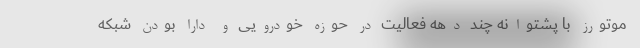
موتورز با پشتوانه چند دهه فعالیت در حوزه خودرویی و دارا بودن شبکه